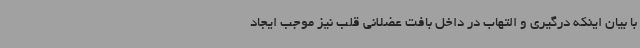
با بیان اینکه درگیری و التهاب در داخل بافت عضلانی قلب نیز موجب ایجاد